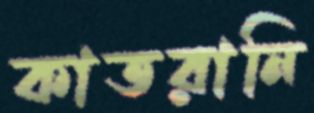
কাতরানি